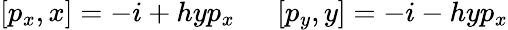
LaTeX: [p_{x},x]=-i+hyp_{x}\ \ \ \ \ \ [p_{y},y]=-i-hyp_{x}